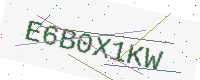
Text: E6B0X1KW